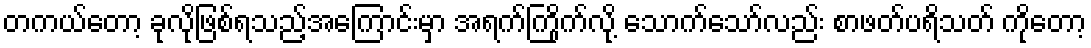
တကယ်တော့ ခုလိုဖြစ်ရသည့်အကြောင်းမှာ အရက်ကြိုက်လို့ သောက်သော်လည်း စာဖတ်ပရိသတ် ကိုတော့